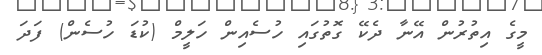
މީގެ އިތުރުން އޭނާ ދެކޭ ގޮތުގައި ހުސެއިން ހަލީމް (ކުޑަ ހުސެން) ފަދަ